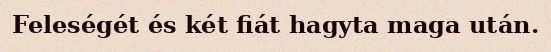
Feleségét és két fiát hagyta maga után.